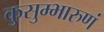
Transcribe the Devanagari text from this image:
कुसुम्भारुणं